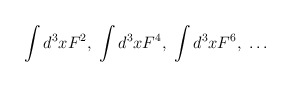
\begin{align*}\int d^3xF^2,\;\int d^3xF^4,\;\int d^3xF^6,\;\ldots \end{align*}